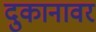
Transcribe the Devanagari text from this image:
दुकानावर